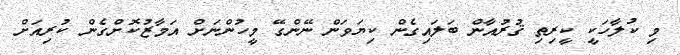
މި ކުލާހަކީ ކީރިތި ޤުރުއާން ބަލައިގެން ކިޔަވަން ނޭންގޭ މީހުންނަށް އަމާޒުކޮށްގެން ކުރިއަށް